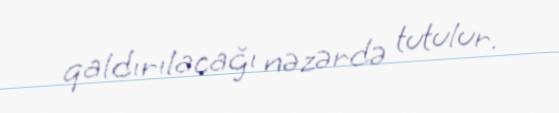
qaldırılacağı nəzərdə tutulur.